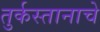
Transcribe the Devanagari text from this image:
तुर्कस्तानाचे